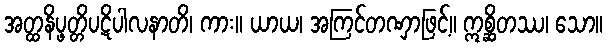
အတ္ထနိပ္ဖတ္တိပဋိပါလနာတိ၊ ကား။ ယာယ၊ အကြင်တဏှာဖြင့်။ ဣစ္ဆိတဿ၊ သော။